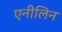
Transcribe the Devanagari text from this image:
एनीलिन